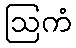
ဩကံ